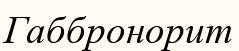
Габбронорит